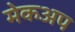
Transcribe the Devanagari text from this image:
मेकअप